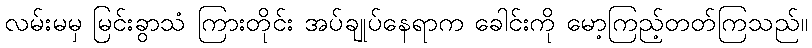
လမ်းမမှ မြင်းခွာသံ ကြားတိုင်း အပ်ချုပ်နေရာက ခေါင်းကို မော့ကြည့်တတ်ကြသည်။